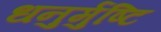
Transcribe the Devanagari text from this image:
धनुर्मुष्टि